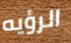
الرؤيه